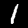
Digit: 1